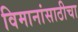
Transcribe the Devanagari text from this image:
विमानांसाठीचा